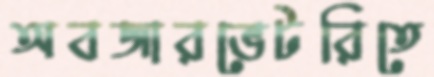
অবজারভেটরিতে